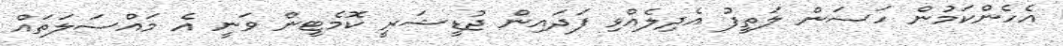
އެހެންކަމުން ހަސަން ލަތީފު އެދިލެއްވި ފަދައިން ޖުޑީޝަރީ ކޮމެޓީން ވަނީ އެ މައްސަލަތައް